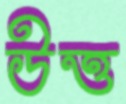
উত্ত